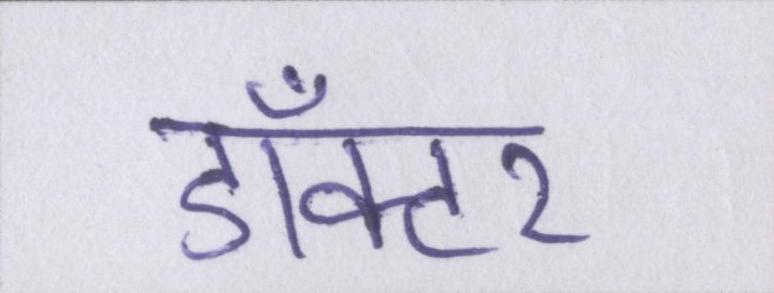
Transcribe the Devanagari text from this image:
डाँक्टर